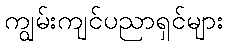
ကျွမ်းကျင်ပညာရှင်များ